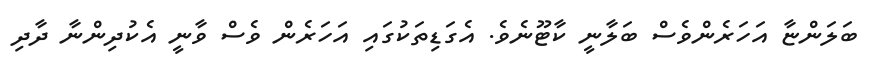
ބަލަންޏާ އަހަރެންވެސް ބަލާނީ ކާޓޫނެވެ. އެގަޑިތަކުގައި އަހަރެން ވެސް ވާނީ އެކުދިންނާ ދާދި